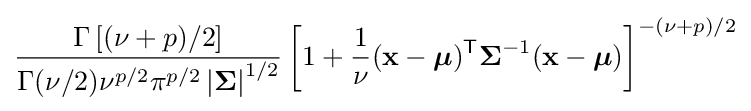
{\frac {\Gamma \left[(\nu +p)/2\right]}{\Gamma (\nu /2)\nu ^{p/2}\pi ^{p/2}\left|{\boldsymbol {\Sigma }}\right|^{1/2}}}\left[1+{\frac {1}{\nu }}({\mathbf {x} }-{\boldsymbol {\mu }})^{\mathsf {T}}{\boldsymbol {\Sigma }}^{-1}({\mathbf {x} }-{\boldsymbol {\mu }})\right]^{-(\nu +p)/2}